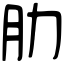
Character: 肋